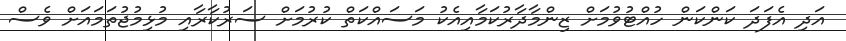
އަދި އެފަދަ ކަންކަން ހުއްޓުވުމަށް ޒިންމާދާރުކަމާއިއެކު މަސައްކަތް ކުރުމަށް ސަރުކާރާއި މުޅިމުޖުތަމައަށް ވެސް